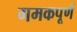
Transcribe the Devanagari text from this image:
गमकपूर्ण